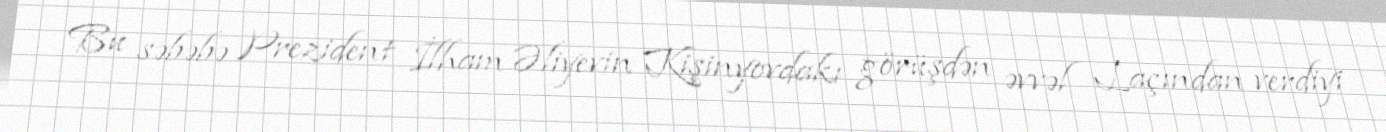
Bu səbəbə Prezident İlham Əliyevin Kişinyovdakı görüşdən əvvəl Laçından verdiyi